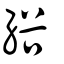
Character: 綌